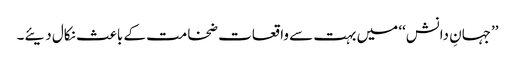
’’جہانِ دانش‘‘ میں بہت سے واقعات ضخامت کے باعث نکال دیئے۔